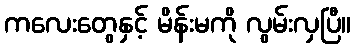
ကလေးတွေနှင့် မိန်းမကို လွမ်းလှပြီ။